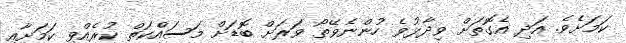
ކަމަށެެވެ. އަދި އެގޮތަށް ވިދާޅުވެ ހުންނެވޭތޯ ވަރަށް ބޮޑަށް މަސައްކަތް ކުރެއްވި ކަމަށާއި